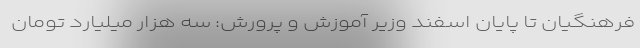
فرهنگیان تا پایان اسفند وزیر آموزش و پرورش: سه هزار میلیارد تومان